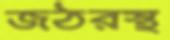
জঠরস্থ